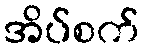
အိပ်စက်